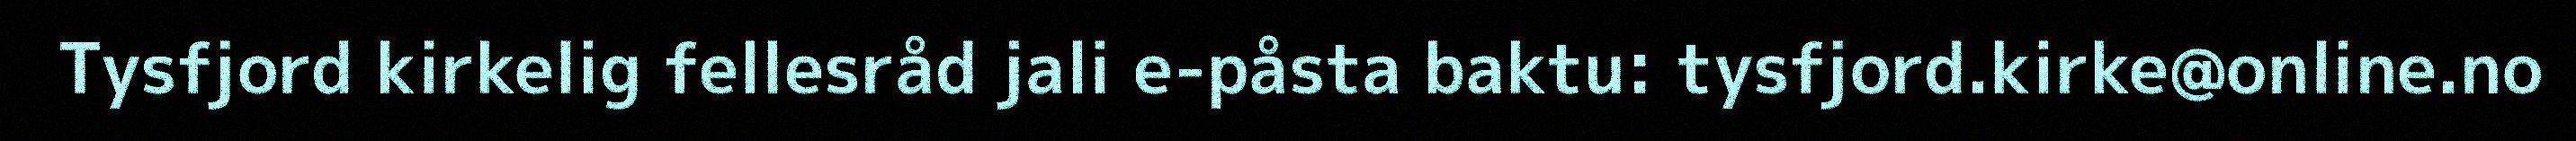
Tysfjord kirkelig fellesråd jali e-påsta baktu: tysfjord.kirke@online.no